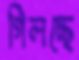
গিলচ্ছে